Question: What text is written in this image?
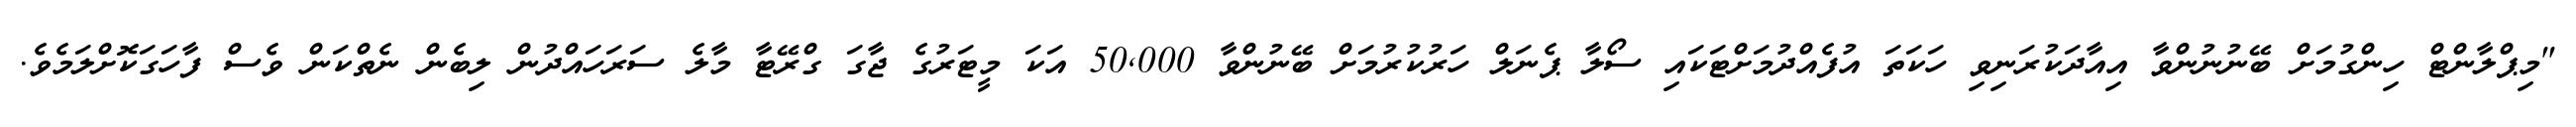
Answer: "މިޕްލާންޓް ހިންގުމަށް ބޭނުނުންވާ އިއާދަކުރަނިވި ހަކަތަ އުފެއްދުމަށްޓަކައި ސޯލާ ޕެނަލް ހަރުކުރުމަށް ބޭނުންވާ 50,000 އަކަ މީޓަރުގެ ޖާގަ ގްރޭޓާ މާލެ ސަރަހައްދުން ލިބެން ނެތްކަން ވެސް ފާހަގަކޮށްލަމެވެ.